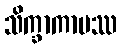
သိက္ခာကာမဿ